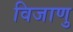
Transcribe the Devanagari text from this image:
विजाणु